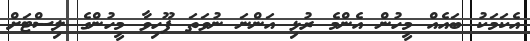
އެކަމަކު ބައެއް މީހުން އެންމެ ރުޅި އަންނަ ނުވަތަ ފޫހިވާ މީހުންގެ ލިސްޓަށް